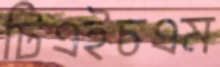
টিএইচএম